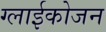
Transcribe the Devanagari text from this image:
ग्लाईकोजन